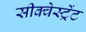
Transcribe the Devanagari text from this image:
सीक्वेस्ट्रेंट